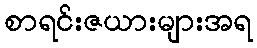
စာရင်းဇယားများအရ